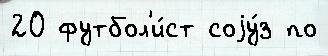
20 футбол'и́ст соjу́з по